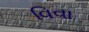
વિવા